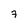
Character: 7